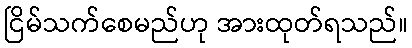
ငြိမ်သက်စေမည်ဟု အားထုတ်ရသည်။